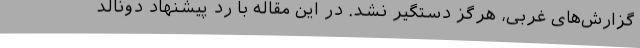
گزارش‌های غربی، هرگز دستگیر نشد. در این مقاله با رد پیشنهاد دونالد